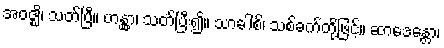
အဝဇ္ဈိ၊ သတ်ပြီ။ ဟန္တွာ၊ သတ်ပြီး၍။ သာခါစိ၊ သစ်ခက်တို့ဖြင့်။ ဆာဒေန္တော၊